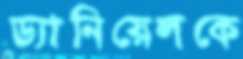
ড্যানিয়েলকে